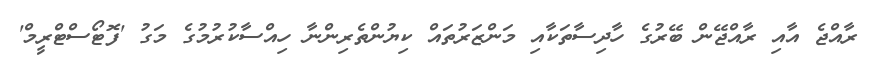
ރާއްޖެ އާއި ރާއްޖޭން ބޭރުގެ ހާދިސާތަކާއި މަންޒަރުތައް ކިޔުންތެރިންނާ ހިއްސާކުރުމުގެ މަގު 'ފޮޓޯސްޓްރީމް'